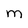
Character: M